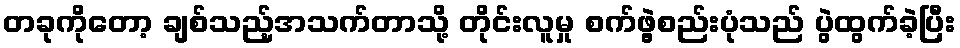
တခုကိုတော့ ချစ်သည့်အသက်တာသို့ တိုင်းလူမှု စက်ဖွဲ့စည်းပုံသည် ပွဲထွက်ခဲ့ပြီး